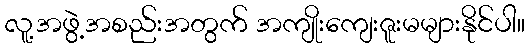
လူ့အဖွဲ့အစည်းအတွက် အကျိုးကျေးဇူးမများနိုင်ပါ။